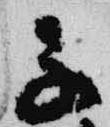
子